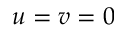
u = v = 0